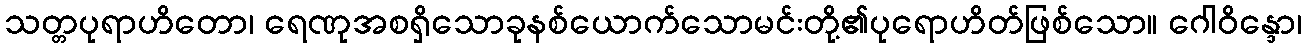
သတ္တပုရာဟိတော၊ ရေဏုအစရှိသောခုနစ်ယောက်သောမင်းတို့၏ပုရောဟိတ်ဖြစ်သော။ ဂေါဝိန္ဒော၊